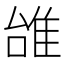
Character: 𨾱